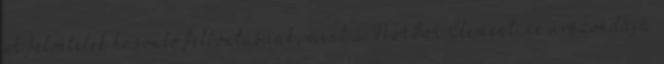
A felvételek hasonló felbontásúak, mint a NASA Clementine űrszondája